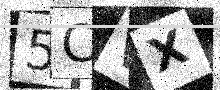
Text: 5CVX